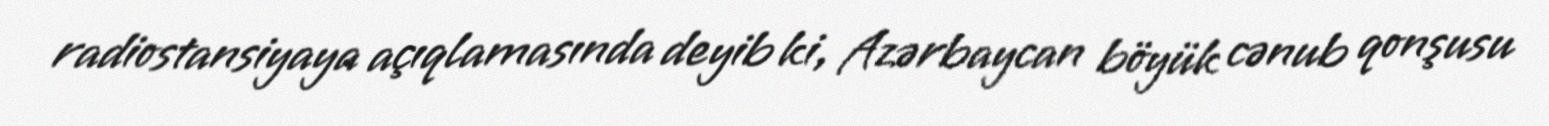
radiostansiyaya açıqlamasında deyib ki, Azərbaycan böyük cənub qonşusu